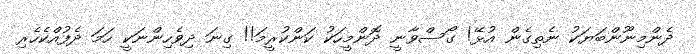
ދެންމިނޫންބަޔަކު ނެތިގެން އުޅޭ! ގޯސްވާނީ ދޮންމީހަކު ކަންކުރީމަ!! ގިނަ ދިވެހިންނަކީ ހަމަ ދެފުއްކެހެރި